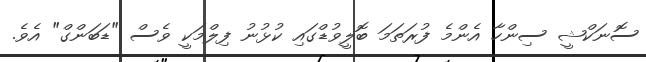
ސޮނަކްޝީ ސިންހާ އެންމެ ފުރަތަމަ ބޮލީވުޑްގައި ކުޅުނު ފިލްމަކީ ވެސް "ޑަބަންގް" އެވެ.